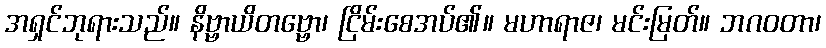
အရှင်ဘုရားသည်။ နိဗ္ဗာယိတဗ္ဗော၊ ငြိမ်းစေအပ်၏။ မဟာရာဇ၊ မင်းမြတ်။ ဘဂဝတာ၊